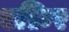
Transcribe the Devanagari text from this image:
एफ़िर